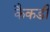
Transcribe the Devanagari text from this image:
कैकडी